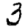
Digit: 3